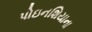
પોઇનશિયાના